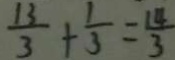
\frac { 1 3 } { 3 } + \frac { 1 } { 3 } = \frac { 1 4 } { 3 }